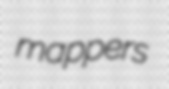
mappers